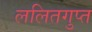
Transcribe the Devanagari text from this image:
ललितगुप्त